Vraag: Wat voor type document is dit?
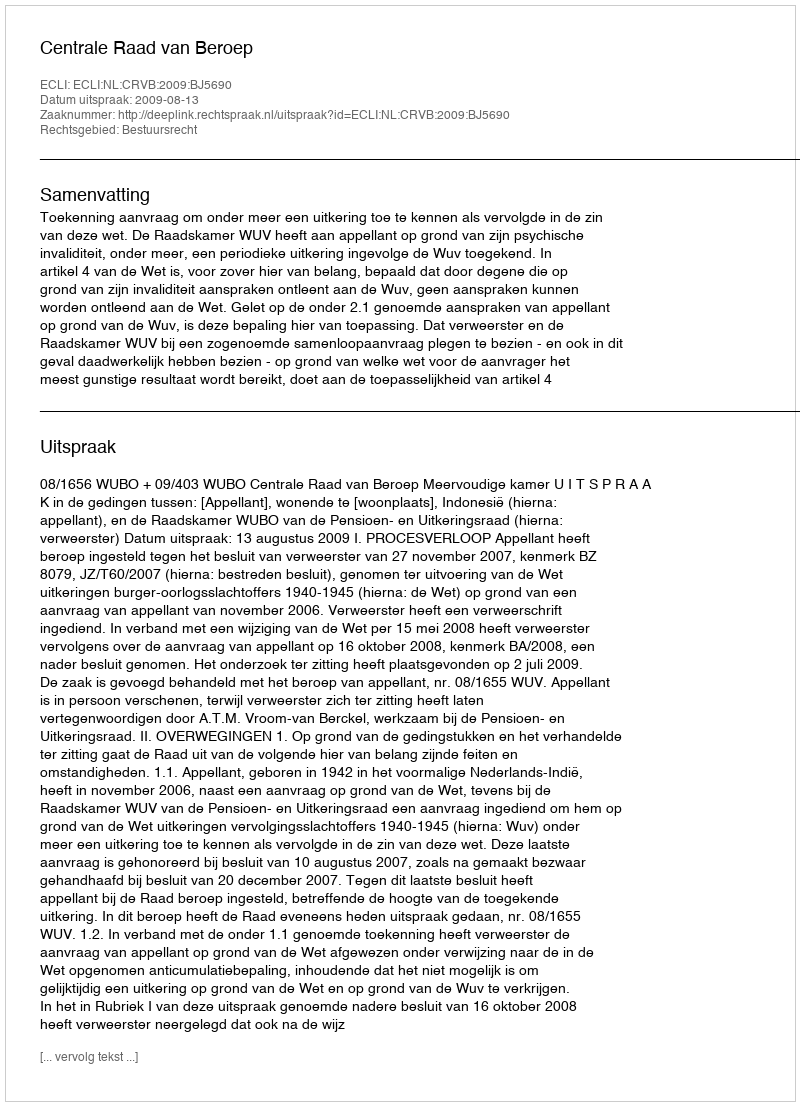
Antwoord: Uitspraak